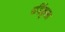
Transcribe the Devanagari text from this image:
पर्डिकुला